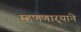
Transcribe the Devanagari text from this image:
म्हणणार्‍याने